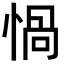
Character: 𢝸